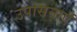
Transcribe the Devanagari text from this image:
उपासनाएँ